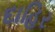
દાહિર